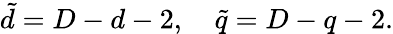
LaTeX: \tilde{d}=D-d-2,~~~~\tilde{q}=D-q-2.